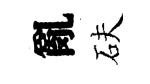
亂砆